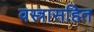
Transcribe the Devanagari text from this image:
वस्त्रासहित